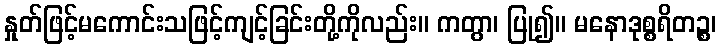
နှုတ်ဖြင့်မကောင်းသဖြင့်ကျင့်ခြင်းတို့ကိုလည်း။ ကတွာ၊ ပြု၍။ မနောဒုစ္စရိတဉ္စ၊